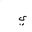
Letter: _ya